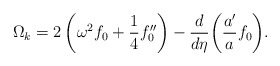
\begin{align*}\Omega_{{k}} = 2\left(\omega^2 f_0 + \frac{1}{4}f''_0\right) - \frac{d}{d\eta}\bigg(\frac{a'}{a}f_0\bigg).\end{align*}